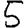
Digit: 5